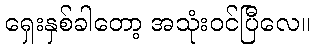
ရှေးနှစ်ခါတော့ အသုံးဝင်ပြီလေ။